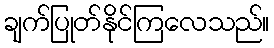
ချက်ပြုတ်နိုင်ကြလေသည်။